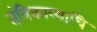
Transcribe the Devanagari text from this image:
तंत्रिकाव्याधि